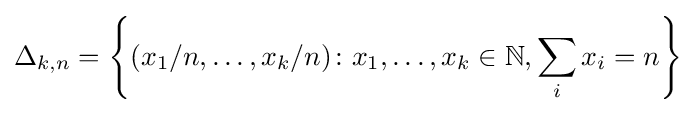
\Delta _{k,n}=\left\{(x_{1}/n,\ldots ,x_{k}/n)\colon x_{1},\ldots ,x_{k}\in \mathbb {N} ,\sum _{i}x_{i}=n\right\}